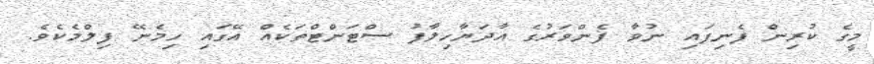
މީގެ ކުރިން ފެނިފައި ނުވާ ފެންވަރުގެ އާދަޔާހިލާފު ސްޓަންޓްތަކެއް އޭގައި ހިމެނޭ ފިލްމެކެވެ.